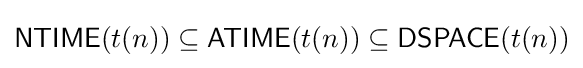
{\mathsf {NTIME}}(t(n))\subseteq {\mathsf {ATIME}}(t(n))\subseteq {\mathsf {DSPACE}}(t(n))